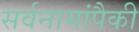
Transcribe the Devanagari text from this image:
सर्वनामांपैकी